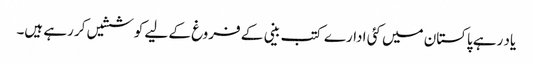
یاد رہے پاکستان میں کئی ادارے کتب بینی کے فروغ کے لیے کوششیں کر رہے ہیں۔